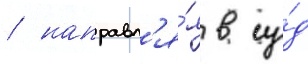
/ направл'я́я в су́д